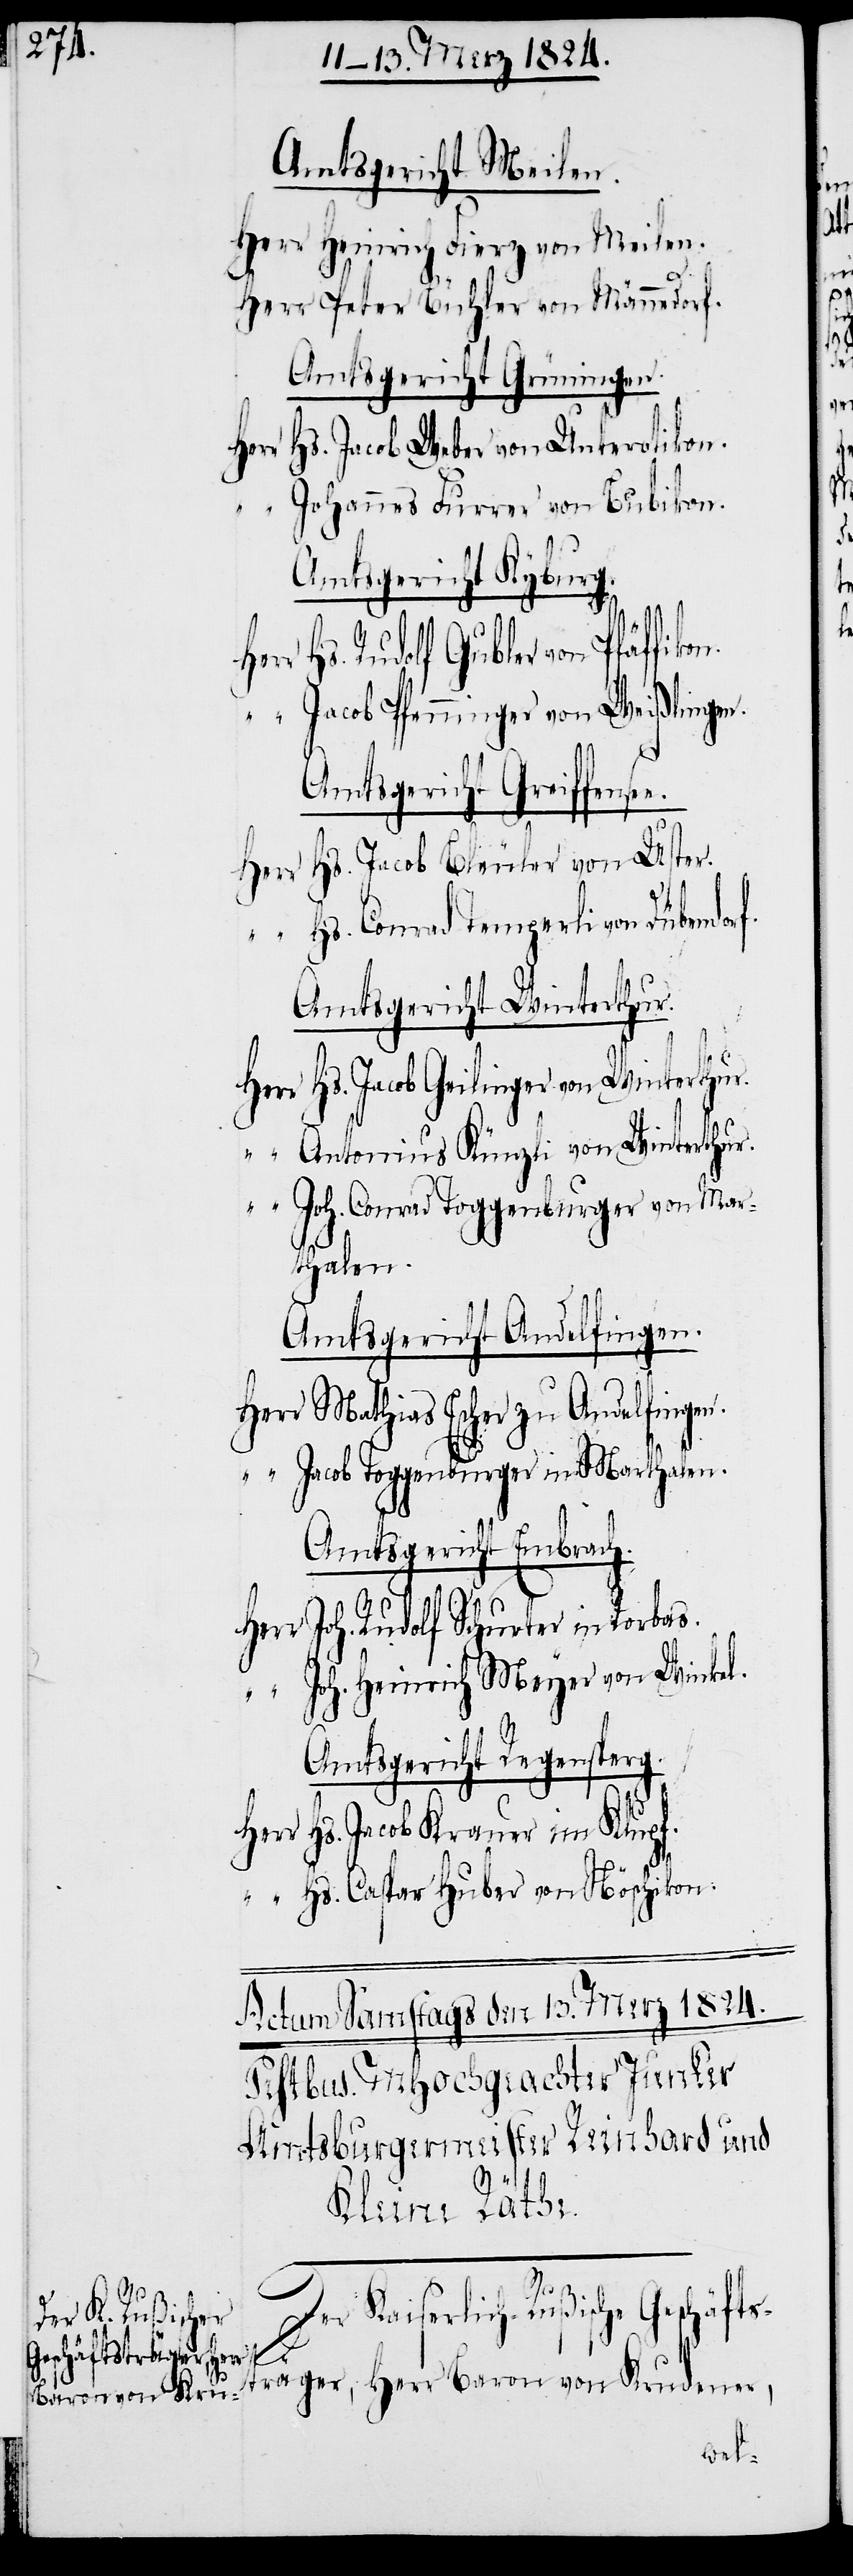
Amtsgericht Meilen.
Herr Heinrich Fierz von Meilen.
Herr Peter Bühler von Männedorf.
Amtsgericht Grüningen.
Herr Hs. Jacob Weber von Unterotikon.
“ Johannes Furrer von Bubikon.
Amtsgericht Kyburg.
Hs. Rudolf Gubler von Pfäffik¬
“ Jacob Pfenninger von Weißlingen.
f.
Amtsgericht Greiffense¬
Hs. Jacob Bleuler von Uster.
Her¬
“ Hs. Conrad Temperli von Dübendor¬
Amtsgericht Winterthur.
Herr Hs. Jacob Geilinger von Winterthur.
Antonius Künzli von Winterthur.
Joh. Conrad Toggenburger von Mar¬
thalen.
Amtsgericht Andelfingen.
Herr Mathias Escher zu Andelfingen.
“ Jacob Toggenburger in Marthalen.
Amtsgericht Embrach.
Herr Joh. Rodolf Schurter in Rorbas.
“ Joh. Heinrich Meyer von Winkel.
Amtsgericht Regensperg.
r Hs. Jacob Krauer im Klupf.
“ Hs. Caspar Huber von Nöschikon.
Der Kaiserlich-Rußische Geschäfts¬
träger, Herr Baron von Krudener,